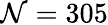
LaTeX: \mathcal{N}=305